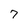
Character: 7